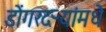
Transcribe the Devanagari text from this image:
डोंगरदऱ्यांमधे